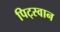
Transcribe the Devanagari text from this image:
पिट्स्वान